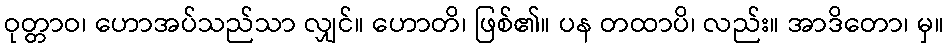
ဝုတ္တာဝ၊ ဟောအပ်သည်သာ လျှင်။ ဟောတိ၊ ဖြစ်၏။ ပန တထာပိ၊ လည်း။ အာဒိတော၊ မှ။